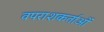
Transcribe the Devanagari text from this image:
वपराशकर्ताओं